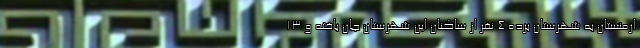
ارمنستان به شهرستان برده ۴ نفر از ساکنان این شهرستان جان باخته و ۱۳